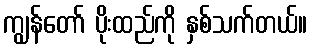
ကျွန်တော် ပိုးထည်ကို နှစ်သက်တယ်။